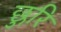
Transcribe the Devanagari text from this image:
छुरि